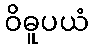
ဝိဓူပယံ